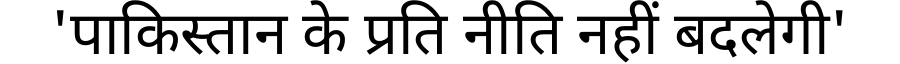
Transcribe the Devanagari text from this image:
'पाकिस्तान के प्रति नीति नहीं बदलेगी'